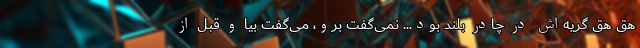
هق هق گریه‌اش در چادر بلند بود... نمی‌گفت برو، می‌گفت بیا و قبل از